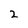
Character: 2